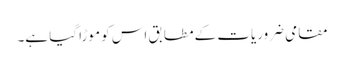
مقامی ضروریات کے مطابق اس کو موڑا گیا ہے۔